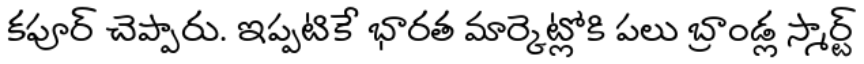
కపూర్ చెప్పారు. ఇప్పటికే భారత మార్కెట్లోకి పలు బ్రాండ్ల స్మార్ట్